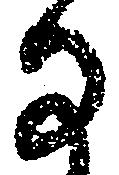
な